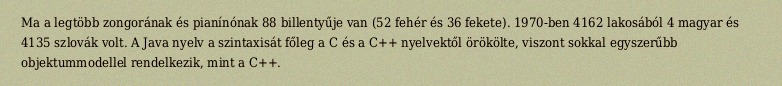
Ma a legtöbb zongorának és pianínónak 88 billentyűje van (52 fehér és 36 fekete). 1970-ben 4162 lakosából 4 magyar és 4135 szlovák volt. A Java nyelv a szintaxisát főleg a C és a C++ nyelvektől örökölte, viszont sokkal egyszerűbb objektummodellel rendelkezik, mint a C++.